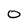
Character: 0